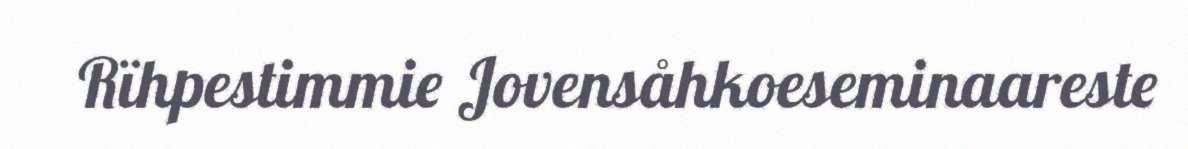
Rïhpestimmie Jovensåhkoeseminaareste